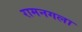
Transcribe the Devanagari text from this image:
रामनगला